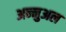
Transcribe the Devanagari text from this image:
अन्नुअल